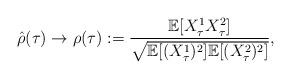
LaTeX: \begin{align*}\hat{\rho}(\tau)\rightarrow\rho(\tau):=\frac{\mathbb{E}[X^{1}_{\tau}X^{2}_{\tau}]}{\sqrt{\mathbb{E}[(X^{1}_{\tau})^{2}]\mathbb{E}[(X^{2}_{\tau})^{2}]}},\end{align*}